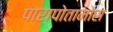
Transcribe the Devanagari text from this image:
पारापोतामोस